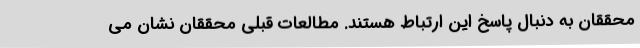
محققان به دنبال پاسخ این ارتباط هستند. مطالعات قبلی محققان نشان می